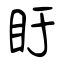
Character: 盱